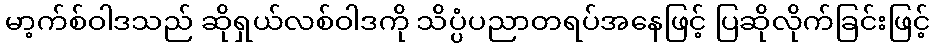
မာ့က်စ်ဝါဒသည် ဆိုရှယ်လစ်ဝါဒကို သိပ္ပံပညာတရပ်အနေဖြင့် ပြဆိုလိုက်ခြင်းဖြင့်